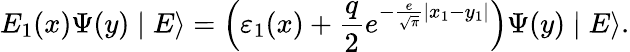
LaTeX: E_{1}(x)\Psi(y)\mid E\rangle=\left({\varepsilon_{1}(x)+\frac{q}{2}e^{-\frac{e}{{\sqrt\pi}}|x_{1}-y_{1}|}}\right)\Psi(y)\mid E\rangle.